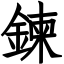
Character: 鍊